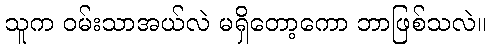
သူက ဝမ်းသာအယ်လဲ မရှိတော့ကော ဘာဖြစ်သလဲ။